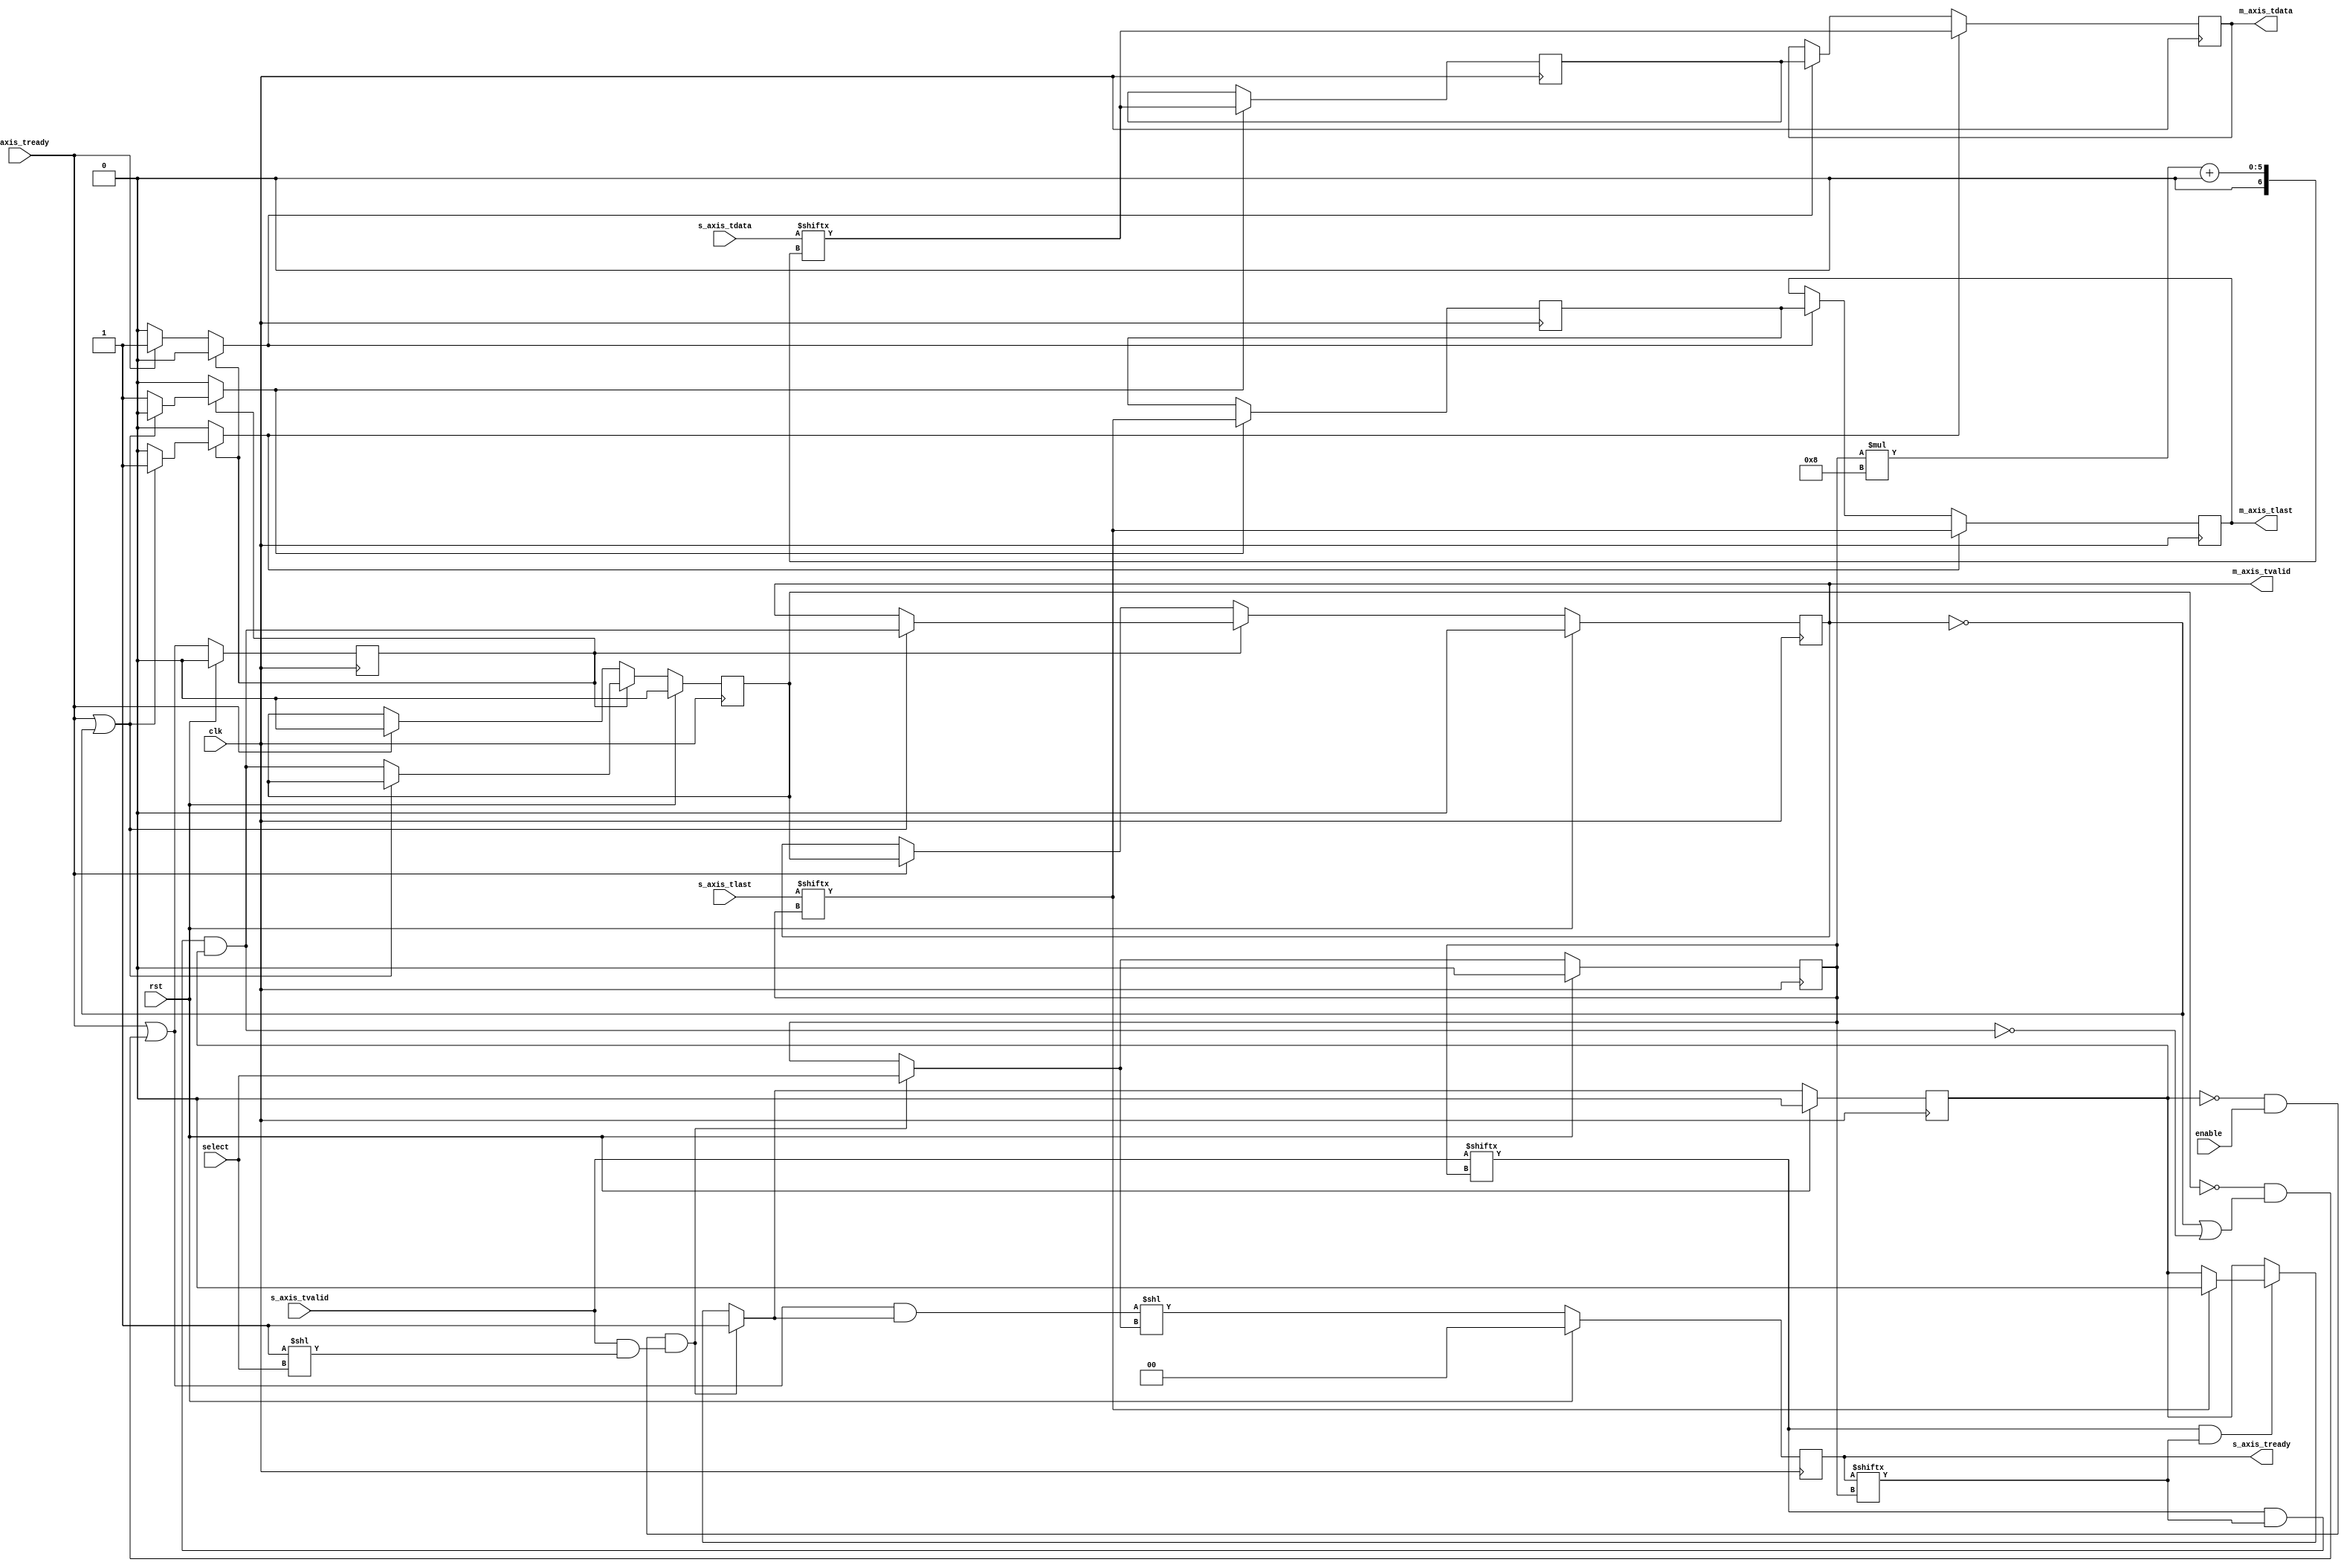

`timescale 1ns / 1ps
`default_nettype none

/*
 * AXI4-Stream multiplexer
 */
module axis_mux #
(
    // Number of AXI stream inputs
    parameter S_COUNT = 2,
    // Width of AXI stream interfaces in bits
    parameter DATA_WIDTH = 8
  
)
(
    input  wire                          clk,
    input  wire                          rst,

    /*
     * AXI inputs
     */
    input  wire [S_COUNT*DATA_WIDTH-1:0] s_axis_tdata,
    input  wire [S_COUNT-1:0]            s_axis_tvalid,
    output wire [S_COUNT-1:0]            s_axis_tready,
    input  wire [S_COUNT-1:0]            s_axis_tlast,


    /*
     * AXI output
     */
    output wire [DATA_WIDTH-1:0]         m_axis_tdata,
    output wire                          m_axis_tvalid,
    input  wire                          m_axis_tready,
    output wire                          m_axis_tlast,
 
    /*
     * Control
     */
    input  wire                          enable,
    input  wire [$clog2(S_COUNT)-1:0]    select
);

//parameter CL_S_COUNT = $clog2(S_COUNT);

reg [$clog2(S_COUNT)-1:0] select_reg = 2'd0, select_next;
reg frame_reg = 1'b0, frame_next;

reg [S_COUNT-1:0] s_axis_tready_reg = 0, s_axis_tready_next;

// internal datapath
reg  [DATA_WIDTH-1:0] m_axis_tdata_int;
reg                   m_axis_tvalid_int;
reg                   m_axis_tready_int_reg = 1'b0;
reg                   m_axis_tlast_int;
wire                  m_axis_tready_int_early;

assign s_axis_tready = s_axis_tready_reg;

// mux for incoming packet
wire [DATA_WIDTH-1:0] current_s_tdata  = s_axis_tdata[select_reg*DATA_WIDTH +: DATA_WIDTH];
wire                  current_s_tvalid = s_axis_tvalid[select_reg];
wire                  current_s_tready = s_axis_tready[select_reg];
wire                  current_s_tlast  = s_axis_tlast[select_reg];


always @* begin
    select_next = select_reg;
    frame_next = frame_reg;

    s_axis_tready_next = 0;

    if (current_s_tvalid & current_s_tready) begin
        // end of frame detection
        if (current_s_tlast) begin
            frame_next = 1'b0;
        end
    end

    if (!frame_reg && enable && (s_axis_tvalid & (1 << select))) begin
        // start of frame, grab select value
        frame_next = 1'b1;
        select_next = select;
    end

    // generate ready signal on selected port
    s_axis_tready_next = (m_axis_tready_int_early && frame_next) << select_next;

    // pass through selected packet data
    m_axis_tdata_int  = current_s_tdata;

    m_axis_tvalid_int = current_s_tvalid && current_s_tready && frame_reg;
    m_axis_tlast_int  = current_s_tlast;

end

always @(posedge clk) begin
    select_reg <= select_next;
    frame_reg <= frame_next;
    s_axis_tready_reg <= s_axis_tready_next;

    if (rst) begin
        select_reg <= 0;
        frame_reg <= 1'b0;
        s_axis_tready_reg <= 0;
    end
end

// output datapath logic
reg [DATA_WIDTH-1:0] m_axis_tdata_reg  = {DATA_WIDTH{1'b0}};

reg                  m_axis_tvalid_reg = 1'b0, m_axis_tvalid_next;
reg                  m_axis_tlast_reg  = 1'b0;



reg [DATA_WIDTH-1:0] temp_m_axis_tdata_reg  = {DATA_WIDTH{1'b0}};

reg                  temp_m_axis_tvalid_reg = 1'b0, temp_m_axis_tvalid_next;
reg                  temp_m_axis_tlast_reg  = 1'b0;


// datapath control
reg store_axis_int_to_output;
reg store_axis_int_to_temp;
reg store_axis_temp_to_output;


assign m_axis_tdata  = m_axis_tdata_reg;

assign m_axis_tvalid = m_axis_tvalid_reg;
assign m_axis_tlast  = m_axis_tlast_reg;


// enable ready input next cycle if output is ready or the temp reg will not be filled on the next cycle (output reg empty or no input)
assign m_axis_tready_int_early = m_axis_tready || (!temp_m_axis_tvalid_reg && (!m_axis_tvalid_reg || !m_axis_tvalid_int));

always @* begin
    // transfer sink ready state to source
    m_axis_tvalid_next = m_axis_tvalid_reg;
    temp_m_axis_tvalid_next = temp_m_axis_tvalid_reg;

    store_axis_int_to_output = 1'b0;
    store_axis_int_to_temp = 1'b0;
    store_axis_temp_to_output = 1'b0;

    if (m_axis_tready_int_reg) begin
        // input is ready
        if (m_axis_tready || !m_axis_tvalid_reg) begin
            // output is ready or currently not valid, transfer data to output
            m_axis_tvalid_next = m_axis_tvalid_int;
            store_axis_int_to_output = 1'b1;
        end else begin
            // output is not ready, store input in temp
            temp_m_axis_tvalid_next = m_axis_tvalid_int;
            store_axis_int_to_temp = 1'b1;
        end
    end else if (m_axis_tready) begin
        // input is not ready, but output is ready
        m_axis_tvalid_next = temp_m_axis_tvalid_reg;
        temp_m_axis_tvalid_next = 1'b0;
        store_axis_temp_to_output = 1'b1;
    end
end

always @(posedge clk) begin
    m_axis_tvalid_reg <= m_axis_tvalid_next;
    m_axis_tready_int_reg <= m_axis_tready_int_early;
    temp_m_axis_tvalid_reg <= temp_m_axis_tvalid_next;

    // datapath
    if (store_axis_int_to_output) begin
        m_axis_tdata_reg <= m_axis_tdata_int;

        m_axis_tlast_reg <= m_axis_tlast_int;

    end else if (store_axis_temp_to_output) begin
        m_axis_tdata_reg <= temp_m_axis_tdata_reg;
 
        m_axis_tlast_reg <= temp_m_axis_tlast_reg;
   
    end

    if (store_axis_int_to_temp) begin
        temp_m_axis_tdata_reg <= m_axis_tdata_int;
    
        temp_m_axis_tlast_reg <= m_axis_tlast_int;
       
    end

    if (rst) begin
        m_axis_tvalid_reg <= 1'b0;
        m_axis_tready_int_reg <= 1'b0;
        temp_m_axis_tvalid_reg <= 1'b0;
    end
end

endmodule